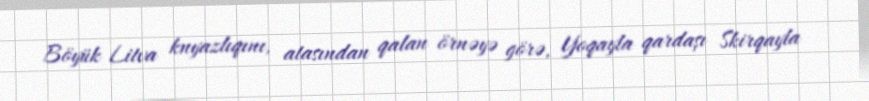
Böyük Litva knyazlıqını, atasından qalan örnəyə görə, Yoqayla qardaşı Skirqayla